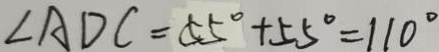
\angle A D C = 5 5 ^ { \circ } + 5 5 ^ { \circ } = 1 1 0 ^ { \circ }